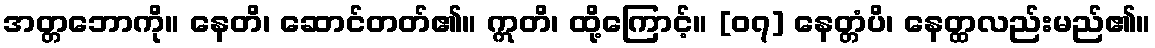
အတ္တဘောကို။ နေတိ၊ ဆောင်တတ်၏။ ဣတိ၊ ထို့ကြောင့်။ [၀၇] နေတ္တံပိ၊ နေတ္ထလည်းမည်၏။